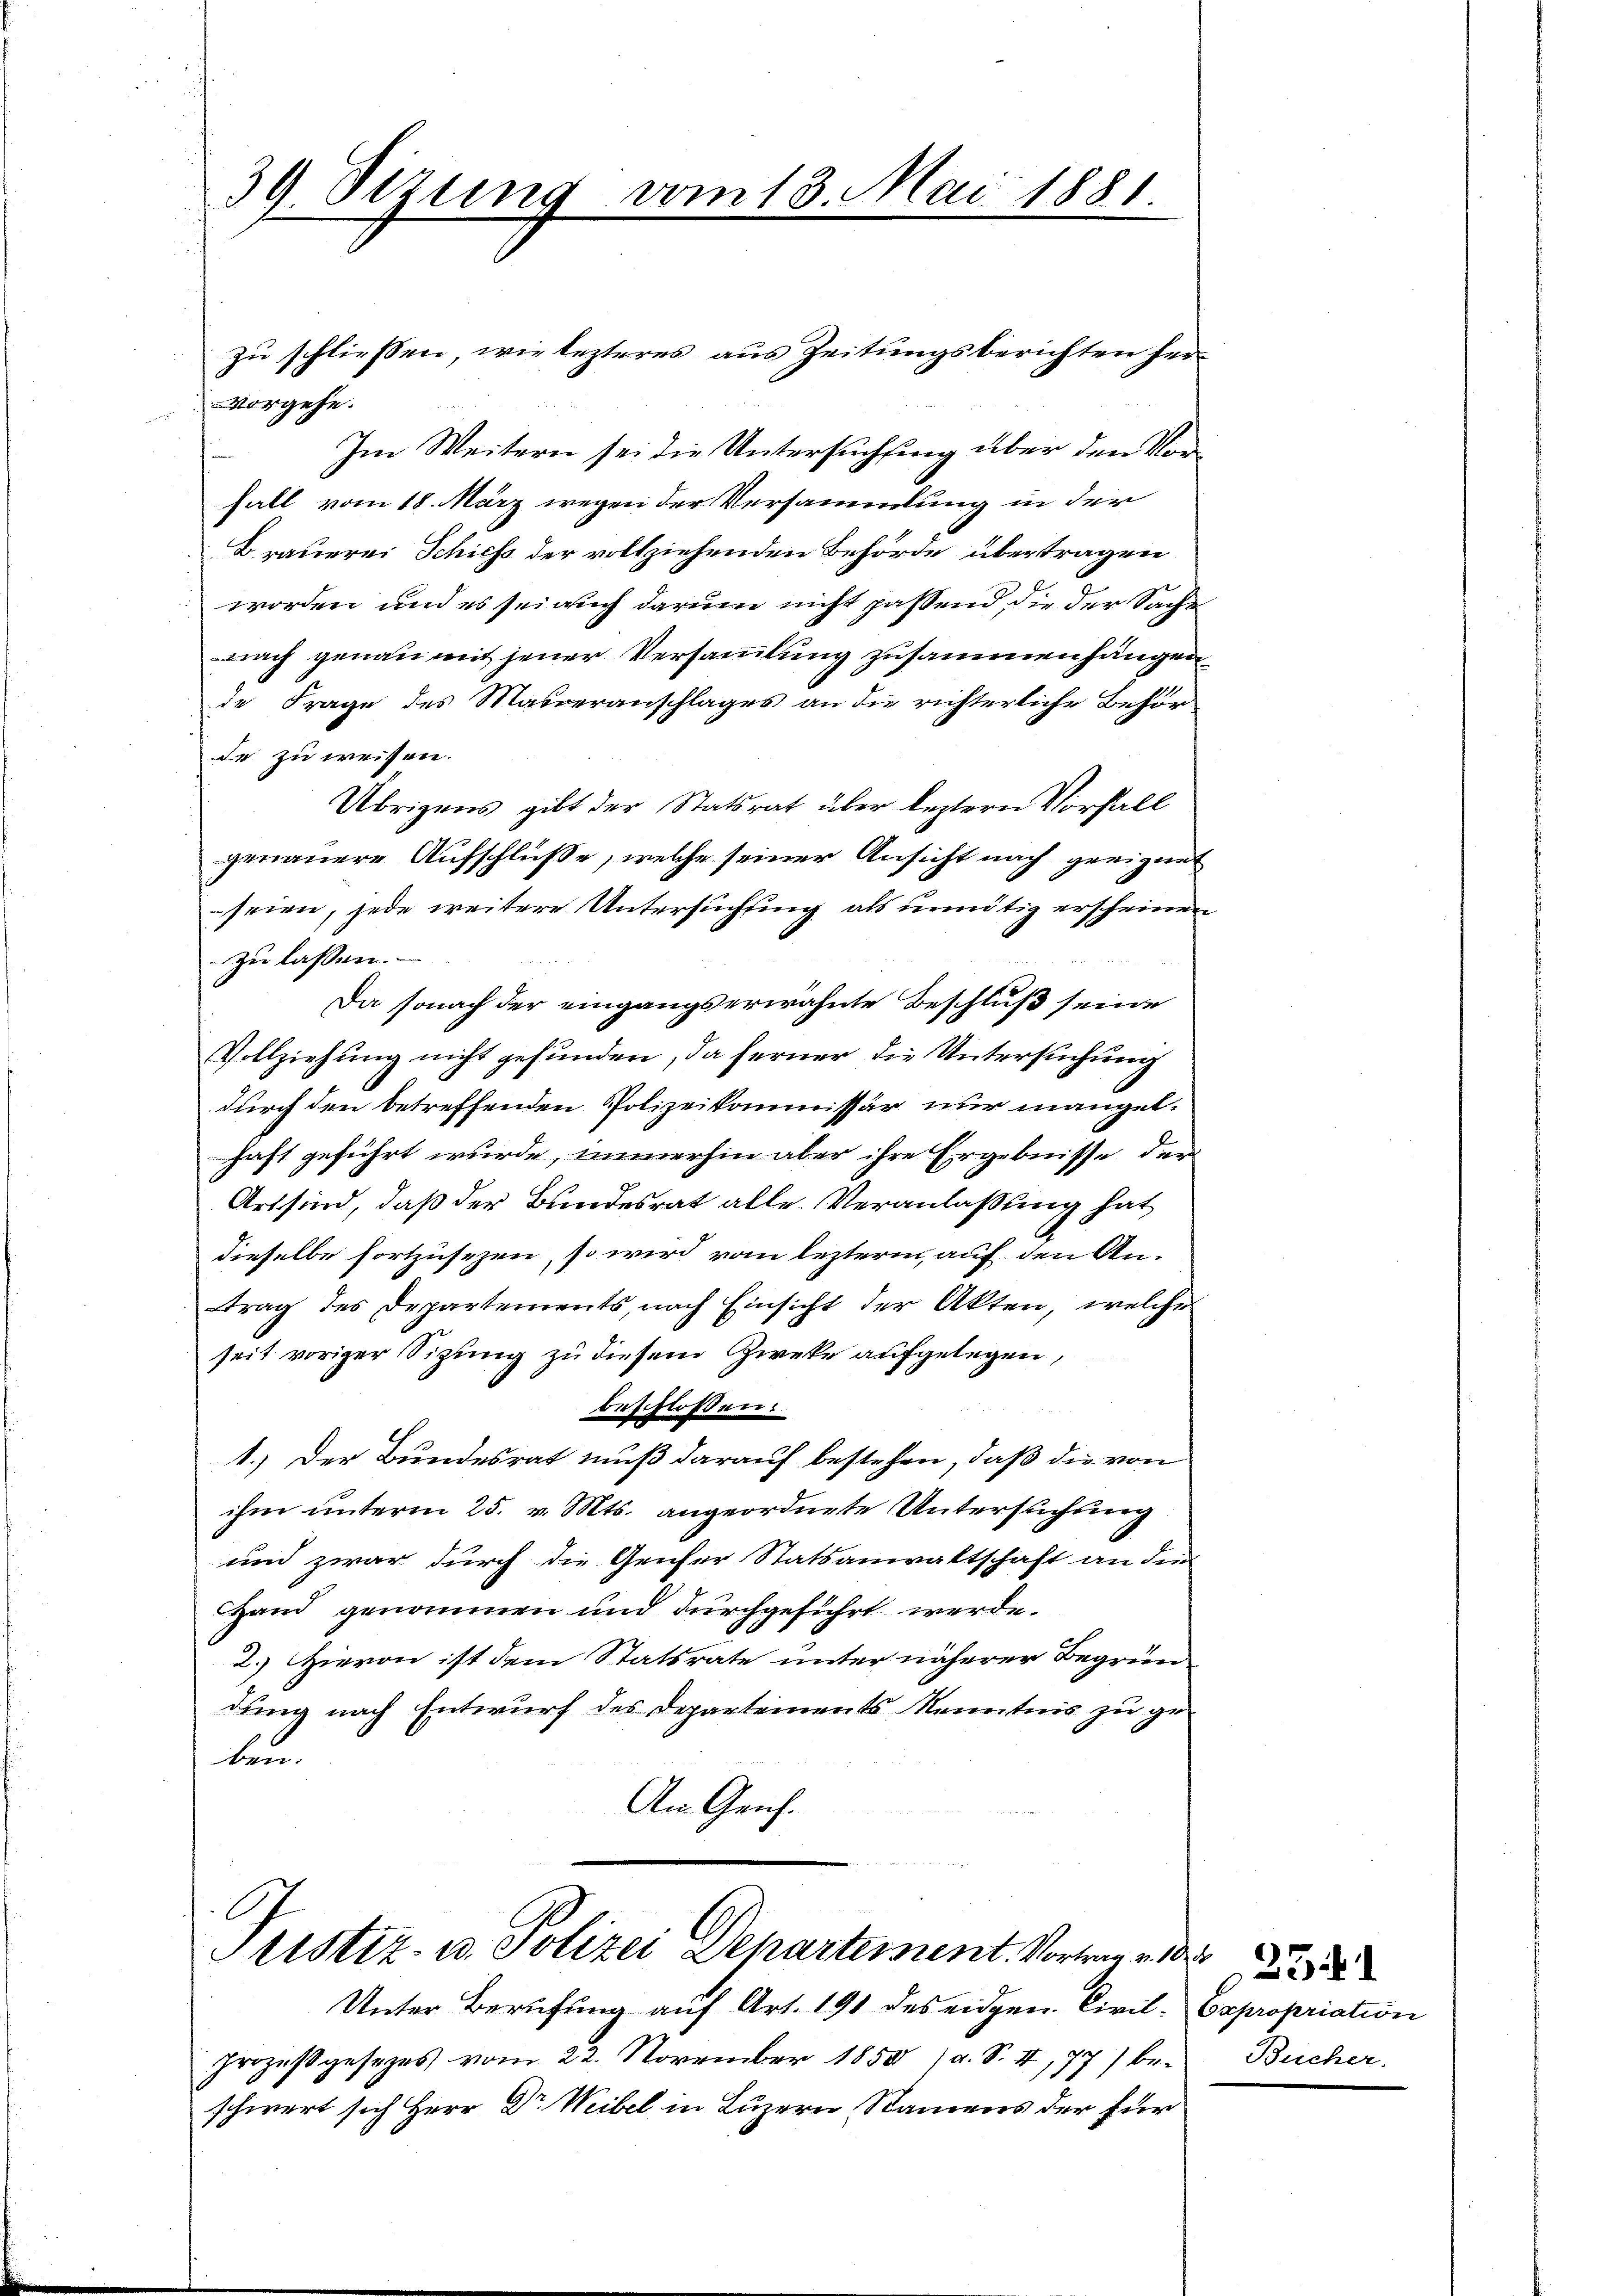
39 Stzung vom 13. Mai 1881.

zu schliessen, wie lezteres aus Zeitungsberichten hervorgehe.
Im Weitern sei die Untersuchung über den Vorfall vom 18. März wegen der Versammlung in der
Brauerei Schichs der vollziehenden Behörde übertragen
worden und es sei auch darum nicht passend die der Sache
nach genau mit jener Versammlung zusammenhängen
de Frage des Masveranschlages an die richterliche Behörde zu weisen.
Übrigens gibt der Statsrat über leztern Vorfall
genauere Aufschlüsse, welche seiner Ansicht nach geeignet
seien, jede weitere Untersuchung als unnötig erscheinen
zu lassen.
Da sonach der eingangserwähnte Beschluß seine
Vollziehung nicht gefunden, da ferner die Untersuchung
durch den betreffenden Polizeikommissär nur mangelhaft geführt wurde, immerhin aber ihre Ergebnisse der
Art sind, daß der Bundesrat alle Veranlaßung hat
dieselbe fortzusezen, so wird vom lezterm, auf den Antrag des Departements, nach Einsicht der Akten, welche
seit voriger Sitzung zu diesem Zweke aufgelegen,
beschloßen.
1.) Der Bundesrat muß darauf bestehen, daß die von
ihm unterm 25. v. Mts. angeordnete Untersuchung
und zwar durch die Genfer Statsanwaltschaft an die
Hand genommen und durchgeführt werde.
2.) Hievon ist dem Statsrate unter näherer Begrün-
dung nach Entwurf des Departements Kenntnis zu ge-
ben.
An Genf.

Pristiz- u. Polizei Departement. Vortrag a. 0.

Unter Berufung auf Art. 191 des eidgen. Civil. Expropriation
Prozeßgesezes vom 22. November 1858) a. S. I, 77) beschwert sich Herr Dr Weibel in Luzern, Namens der für

2341
Bucher.